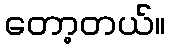
တော့တယ်။